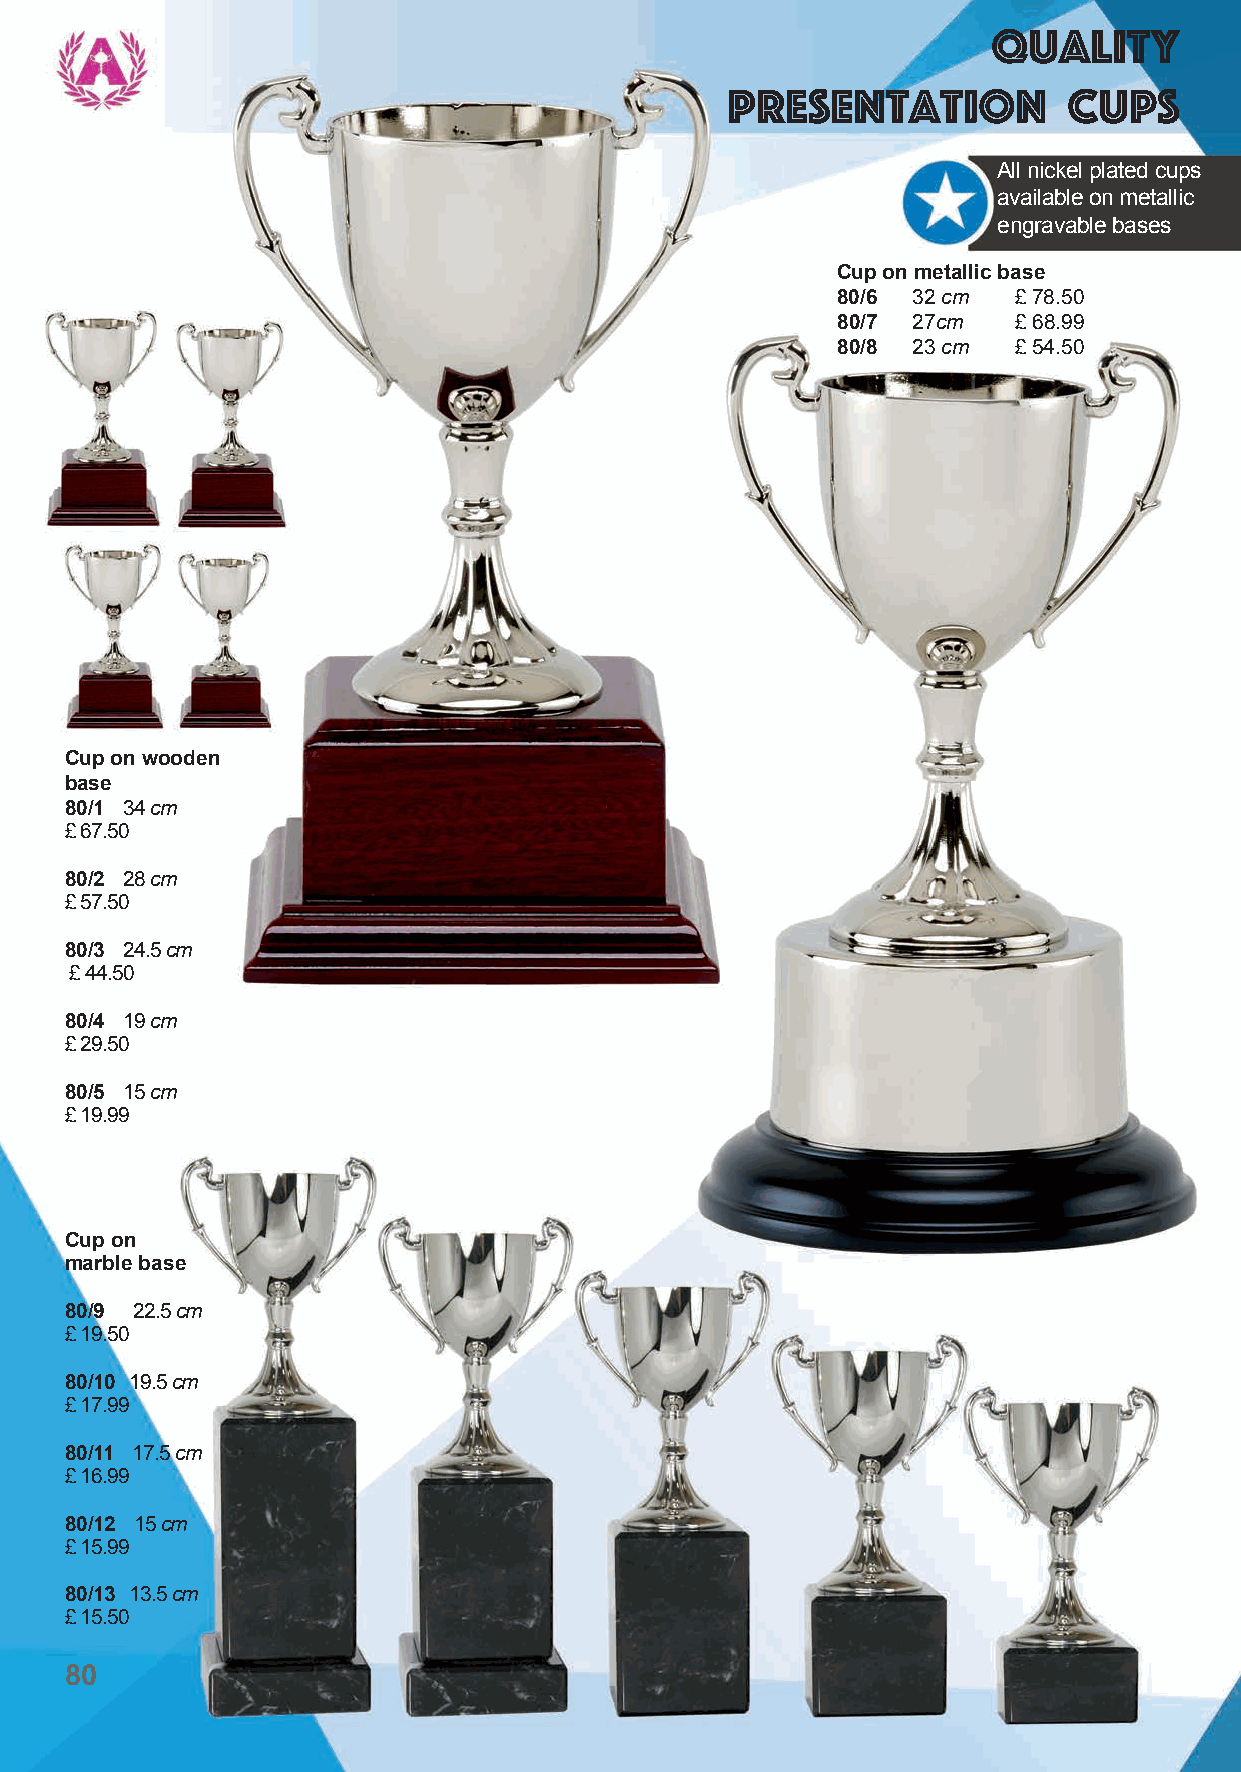
Quality
 Presentation           Cups
 All nickel plated cups
 available on metallic
 engravable bases
 Cup on metallic base
 80/6 32 cm  £ 78.50
 80/7 27cm   £ 68.99
 80/8 23 cm  £ 54.50
 Cup on wooden
 base
 80/1 34 cm
 £ 67.50
 80/2 28 cm
 £ 57.50
 80/3 24.5 cm
 £ 44.50
 80/4 19 cm
 £ 29.50
 80/5 15 cm
 £ 19.99
 Cup on
 marble base
 80/9 22.5 cm
 £ 19.50
 80/10 19.5 cm
 £ 17.99
 80/11 17.5 cm
 £ 16.99
 80/12 15 cm
 £ 15.99
 80/13 13.5 cm
 £ 15.50
 80